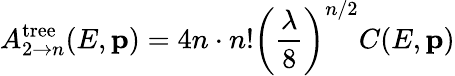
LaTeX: A_{2\to n}^{\mathrm{tree}}(E,{\mathbf p})=4n\cdot n!\left({\frac{\lambda}{8}}\right)^{n/2}C(E,{\mathbf p})